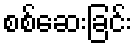
စစ်ဆေးခြင်း